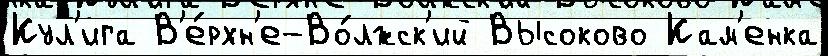
Кул'ига В'е́рхн'е-Во́лжск'ий Высоково Кам'енка